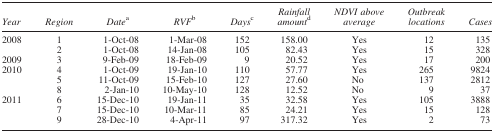
| Year | Region | Datea | RVFb | Daysc | Rainfall amountd | NDVI above average | Outbreak locations | Cases |
 | --- | --- | --- | --- | --- | --- | --- | --- | --- |
 | 2008 | 1 | 1-Oct-08 | 1-Mar-08 | 152 | 158.00 | Yes | 12 | 135 |
 |  | 2 | 1-Oct-08 | 14-Jan-08 | 105 | 82.43 | Yes | 15 | 328 |
 | 2009 | 3 | 9-Feb-09 | 18-Feb-09 | 9 | 20.52 | Yes | 17 | 200 |
 | 2010 | 4 | 1-Oct-09 | 19-Jan-10 | 110 | 57.77 | Yes | 265 | 9824 |
 |  | 5 | 11-Oct-09 | 15-Feb-10 | 127 | 27.60 | No | 137 | 2812 |
 |  | 8 | 2-Jan-10 | 10-May-10 | 128 | 12.52 | No | 9 | 37 |
 | 2011 | 6 | 15-Dec-10 | 19-Jan-11 | 35 | 32.58 | Yes | 105 | 3888 |
 |  | 7 | 15-Dec-10 | 10-Mar-11 | 85 | 24.21 | Yes | 15 | 128 |
 |  | 9 | 28-Dec-10 | 4-Apr-11 | 97 | 317.32 | Yes | 2 | 73 |